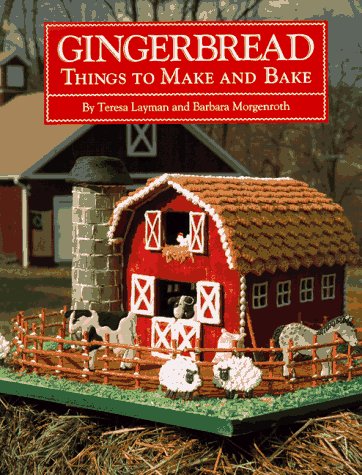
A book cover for Gingerbread: Things to Make and Bake; Teresa Layman; Cookbooks, Food & Wine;